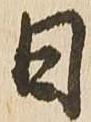
日